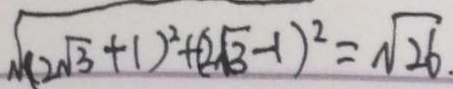
\sqrt { ( 2 \sqrt { 3 } + 1 ) ^ { 2 } + ( 2 \sqrt { 3 } - 1 ) ^ { 2 } } = \sqrt { 2 6 }